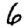
Digit: 6